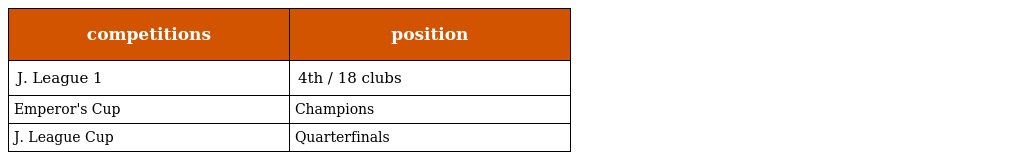
| competitions | position |
 | --- | --- |
 | J. League 1 | 4th / 18 clubs |
 | Emperor's Cup | Champions |
 | J. League Cup | Quarterfinals |